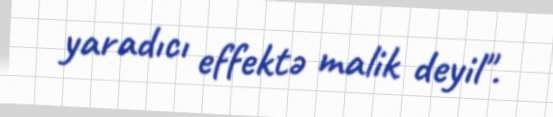
yaradıcı effektə malik deyil".